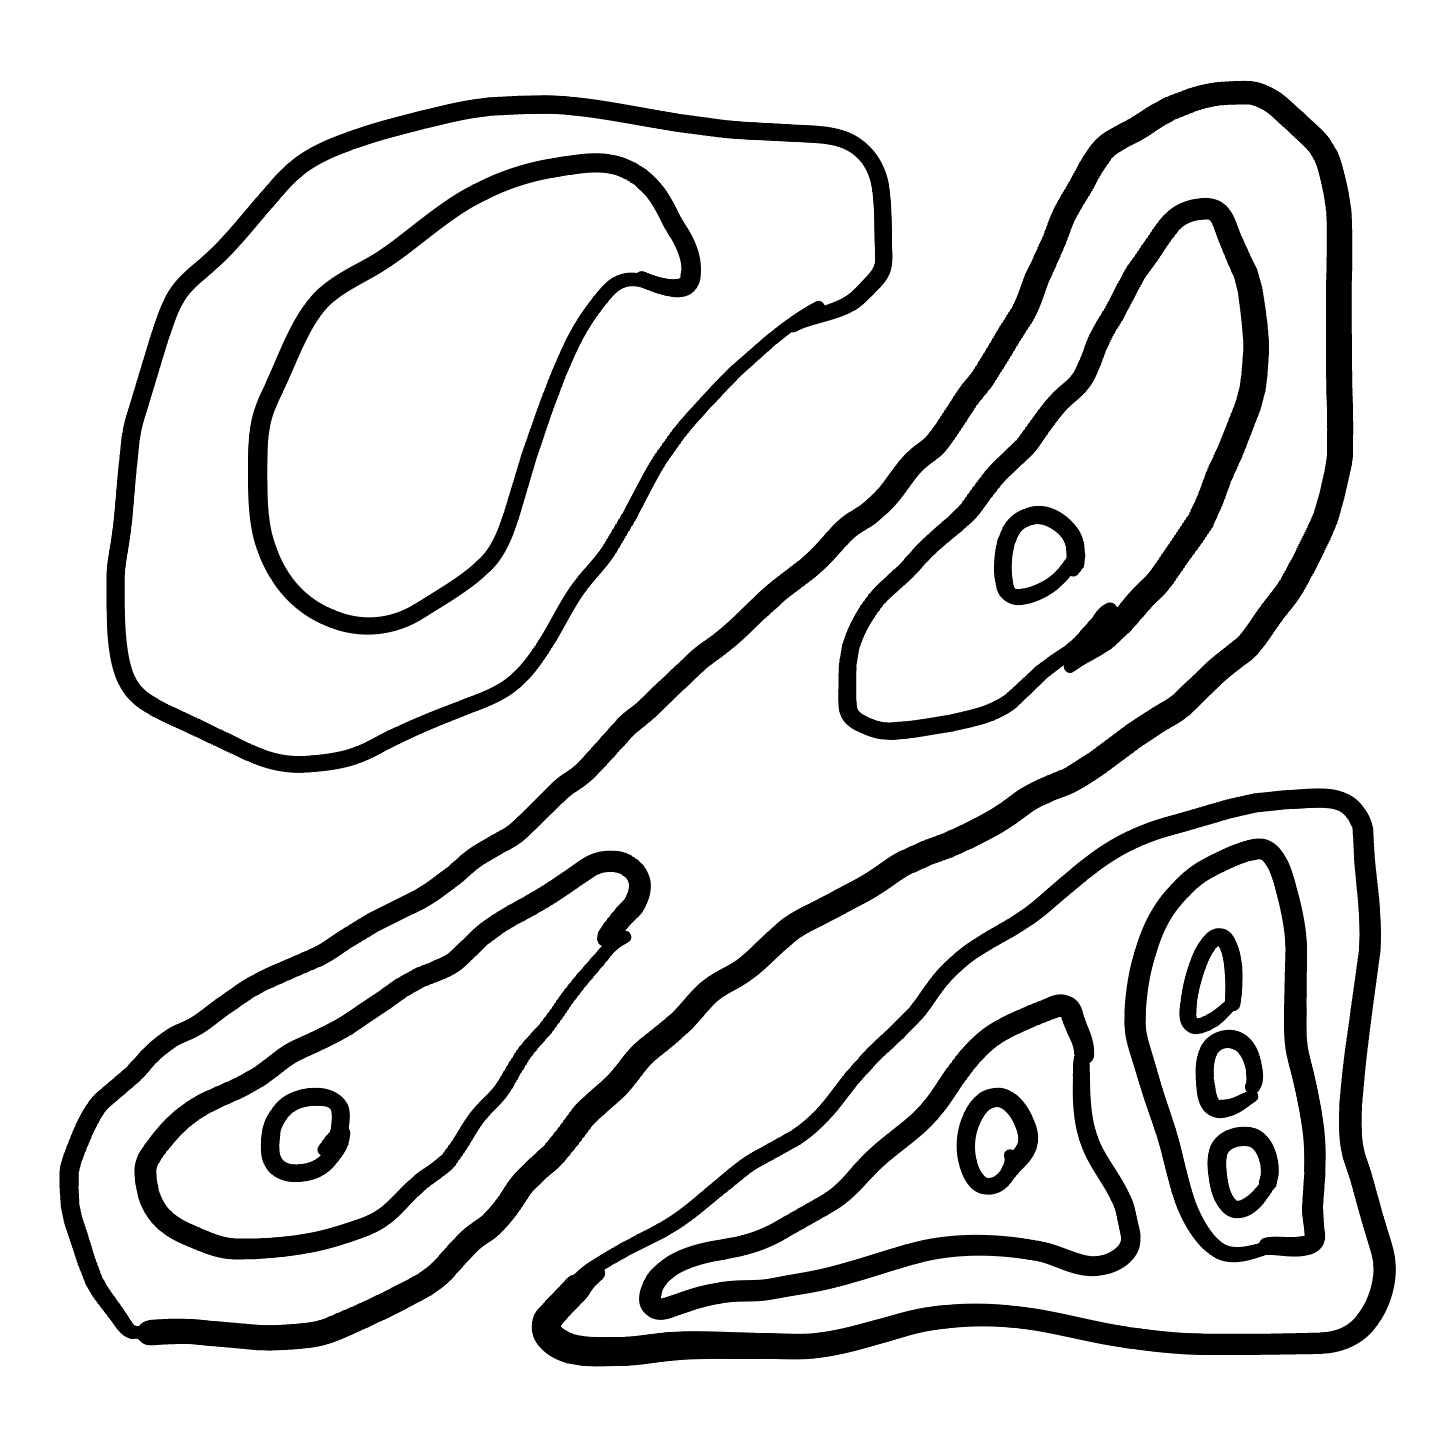
Number of regions (including the outer root region): 15
Containment tree edges (parent, child): 0, 1, 0, 8, 0, 10, 1, 2, 1, 4, 2, 3, 4, 5, 4, 6, 4, 7, 8, 9, 10, 11, 10, 13, 11, 12, 13, 14